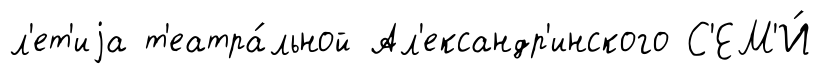
л'ет'иjа т'еатра́льной Ал'ександр'инского С'ЕМ'И́